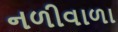
નળીવાળા